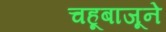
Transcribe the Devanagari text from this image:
चहूबाजूने